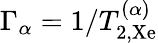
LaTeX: \Gamma_{\alpha}=1/T_{2,\mathrm{Xe}}^{(\alpha)}